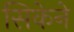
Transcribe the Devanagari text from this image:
सिकेने